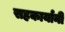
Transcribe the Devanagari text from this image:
सहकार्यानी